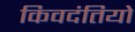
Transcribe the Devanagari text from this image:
किवदंतियो